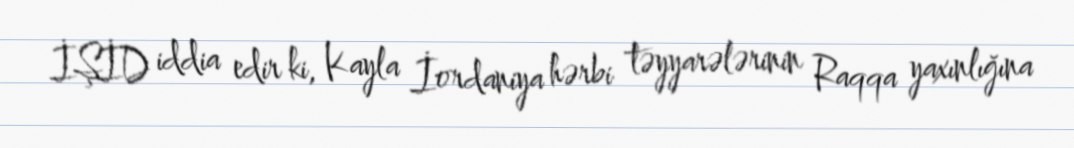
İŞİD iddia edir ki, Kayla İordaniya hərbi təyyarələrinin Raqqa yaxınlığına